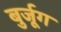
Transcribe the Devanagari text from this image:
बुर्जूग